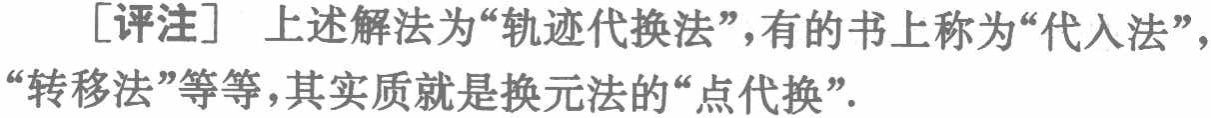
[评注] 上述解法为“轨迹代换法”，有的书上称为“代入法”，“转移法”等等，其实质就是换元法的“点代换”.